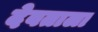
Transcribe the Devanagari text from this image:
देवताला